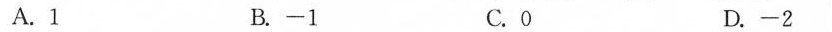
A.1 B.-1 C.O D.-2